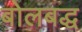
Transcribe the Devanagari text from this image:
बोलबद्ध